画像に写った文字を読んでください
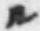
「ル」と書いてあります